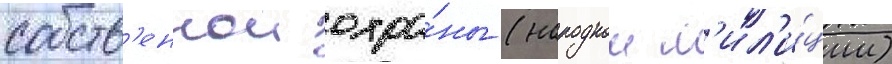
собств'еннои охра́ны (народнои м'ил'и́ции)